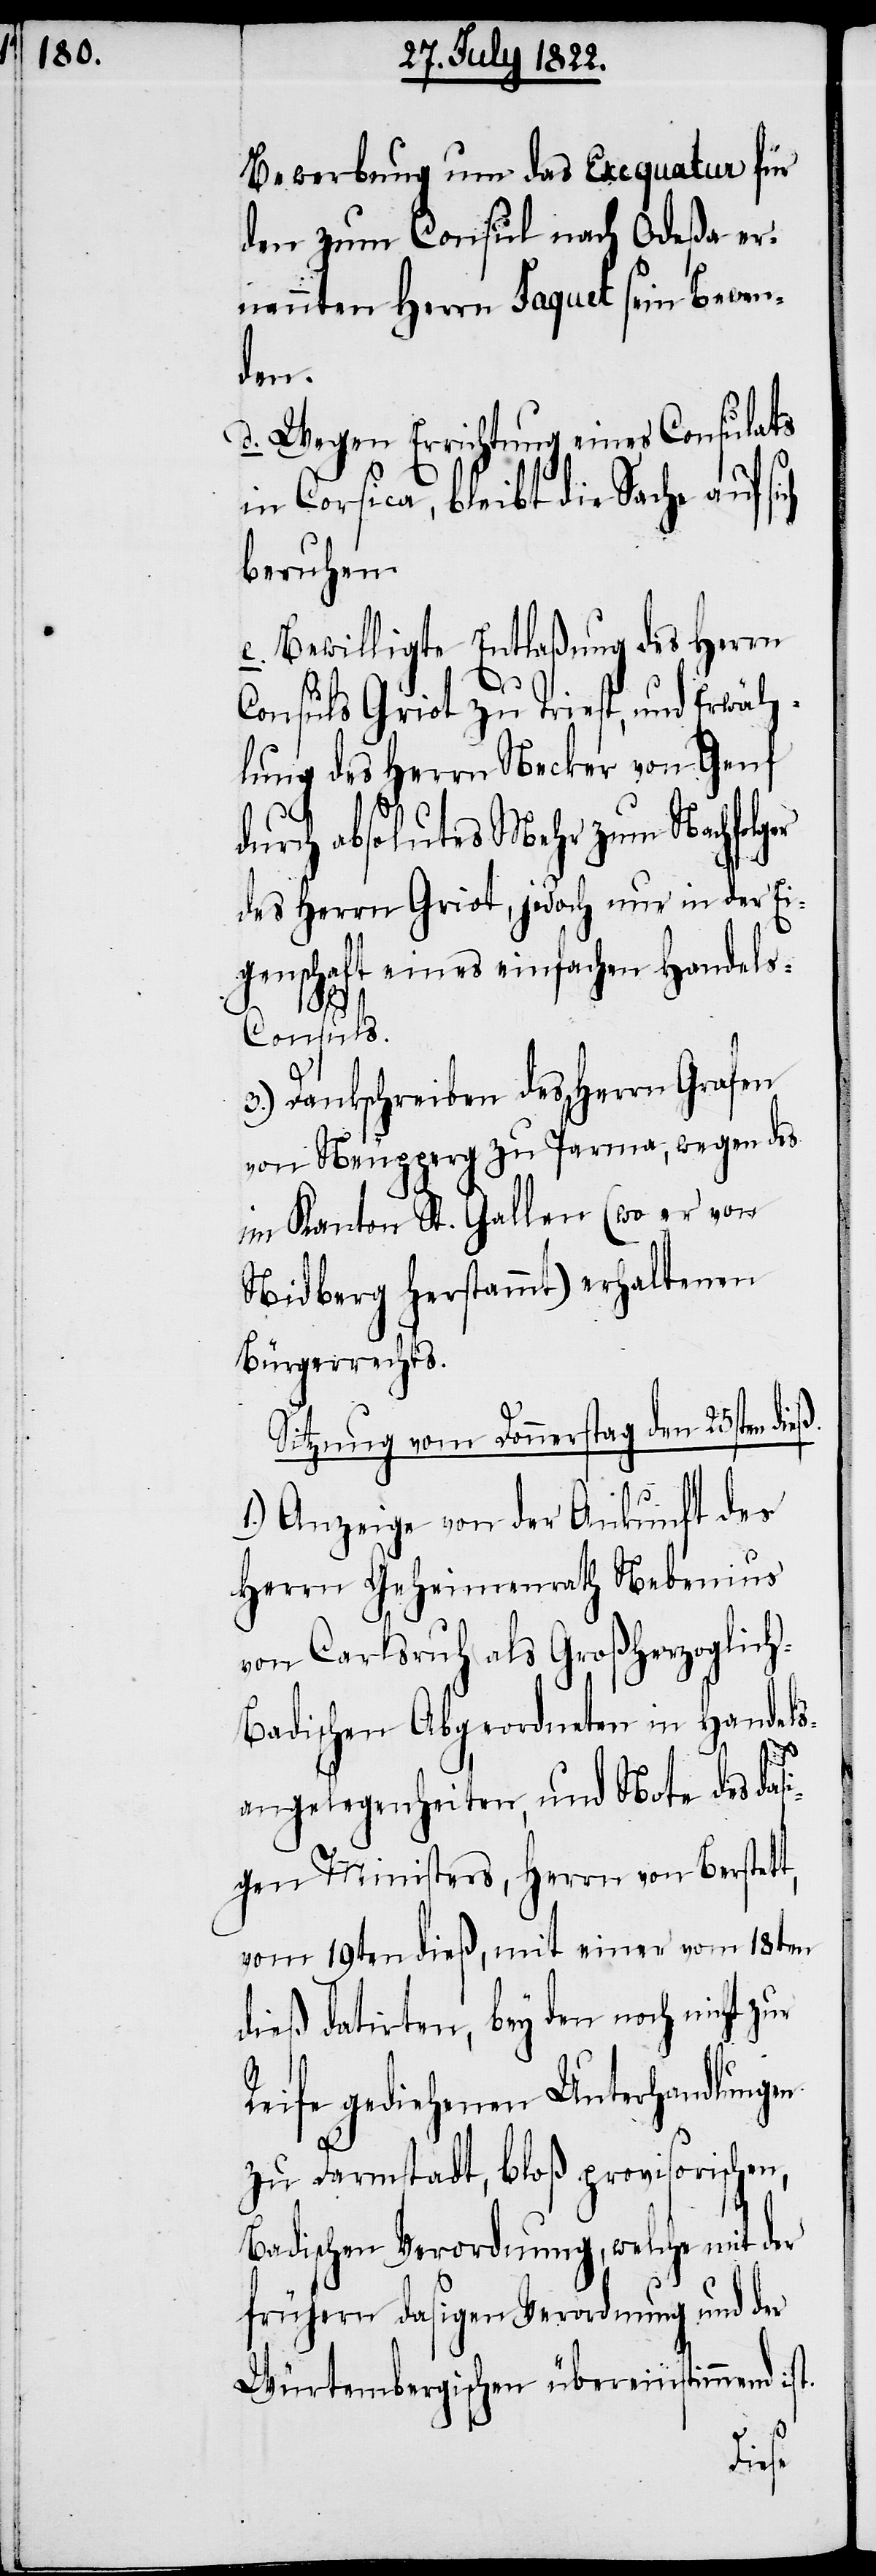
Bewerbung um das Exequatur für
den zum Consul nach Odeßa er¬
nannten Herrn Jaquet sein Bewen¬
den.
d. Wegen Errichtung eines Consulats
in Corsica, bleibt die Sache auf sich
beruhen.
e. Bewilligte Entlaßung des Herrn
Consuls Griot zu Triest, und Erwäh¬
lung des Herrn Necker von Genf
durch absolutes Mehr zum Nachfolger
des Herrn Griot, jedoch nur in der Ei¬
genschaft eines einfachen Handels-C¬
onsuls.
3.) Dankschreiben des Herrn Grafen
von Neupperg zu Parma, wegen des
im Kanton St. Gallen (wo er von
Nidberg herstammt) erhaltenen
Bürgerrechts.
Sitzung vom Donnerstag den 25sten
1.) Anzeige von der Ankunft des
Herrn Geheimenrath Nebenius
von Carlsruh als Großherzoglic¬
h-Badischen Abgeordneten in Handels¬
t.
angelegenheiten, und Note des das¬
igen Ministers, Herren von Berstet¬
vom 19ten dieß, mit einer vom 18ten
dieß datirten, bey den noch nicht
Reife gediehenen Unterhandlungen
zu Darmstadt, bloß provisorischen,
Badischen Verordnung, welche mit der
frühern dasigen Verordnung und der
Würtembergischen übereinstimmend is¬
dieß.